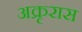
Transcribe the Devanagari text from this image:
अक्रृरास